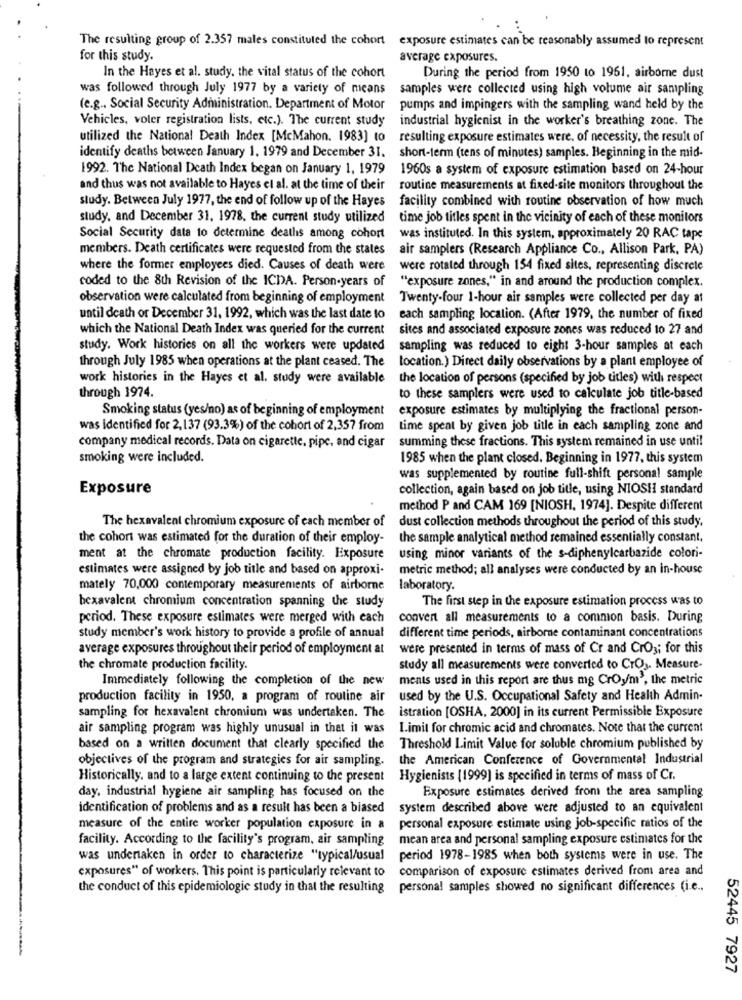
The resulting group of 2.357 males constituted the cohort exposure estimates can be reasonably assumed to represent
for this study.
average exposures.
In the Hayes et al. study, the vital status of the cohort
During the period from 1950 to 1961, airborne dust
was followed through July 1977 by a variety of means
samples were collected using high volume air sampling
(e.g ., Social Security Administration. Department of Motor
pumps and impingers with the sampling wand held by the
Vehicles, voter registration lists, etc.). The current study
industrial hygienist in the worker's breathing zone. The
utilized the National Death Index [McMahon. 1983] to
resulting exposure estimates were. of necessity, the result of
identify deaths between January 1. 1979 and December 31.
short-term (tens of minutes) samples. Beginning in the mid-
1992. The National Death Index began on January 1, 1979
1960s a system of exposure estimation based on 24-hour
and thus was not available to Hayes el al. at the time of their
routine measurements at fixed-site monitors throughout the
study. Between July 1977, the end of follow up of the Hayes
facility combined with routine observation of how much
study, and December 31, 1978, the current study utilized
time job titles spent in the vicinity of each of these monitors
Social Security data to determine deaths among cohort
was instituted. In this system, approximately 20 RAC tape
members. Death certificates were requested from the states
air samplers (Research Appliance Co ., Allison Park, PA)
where the former employees died. Causes of death were
were rotated through 154 fixed sites, representing discrete
coded to the 8th Revision of the ICDA. Person.years of
"exposure zones," in and around the production complex.
observation were calculated from beginning of employment
Twenty-four 1-hour air samples were collected per day at
until death or December 31, 1992, which was the last date to
each sampling location. (After 1979, the number of fixed
which the National Death Index was queried for the current
sites and associated exposure zones was reduced to 27 and
study. Work histories on all the workers were updated
sampling was reduced to eight 3-hour samples at each
through July 1985 when operations at the plant ceased. The
location.) Direct daily observations by a plant employee of
work histories in the Hayes et al. study were available
the location of persons (specified by job titles) with respect
through 1974.
to these samplers were used to calculate job title-based
Smoking status (yes/no) as of beginning of employment
exposure estimates by multiplying the fractional person-
was identified for 2,137 (93.3%) of the cohort of 2,357 from
time spent by given job title in each sampling zone and
summing these fractions. This system remained in use until
company medical records. Data on cigarette, pipe, and cigar
smoking were included.
1985 when the plant closed. Beginning in 1977, this system
was supplemented by routine full-shift personal sample
Exposure
collection, again based on job title, using NIOSH standard
method P and CAM 169 [NIOSH, 1974]. Despite different
The hexavalent chromium exposure of each member of
dust collection methods throughout the period of this study,
the cohort was estimated for the duration of their employ-
the sample analytical method remained essentially constant,
ment at the chromate production facility. Exposure
using minor variants of the s-diphenylcarbazide colori-
estimates were assigned by job title and based on approxi-
metric method; all analyses were conducted by an in-house
mately 70,000 contemporary measurements of airborne
laboratory.
The first step in the exposure estimation process was to
hexavalent chromium concentration spanning the study
period. These exposure estimates were merged with each
convert all measurements to a common basis. During
study member's work history to provide a profile of annual
different time periods, airborne contaminant concentrations
average exposures throughout their period of employment at
were presented in terms of mass of Cr and Croy; for this
the chromate production facility.
study all measurements were converted to CTO. Measure-
Immediately following the completion of the new
ments used in this report are thus mg Croy'm', the metric
production facility in 1950, a program of routine air
used by the U.S. Occupational Safety and Health Admin-
sampling for hexavalent chromium was undertaken. The
istration [OSHA, 2000] in its current Permissible Exposure
air sampling program was highly unusual in that it was
Limit for chromic acid and chromates. Note that the current
based on a written document that clearly specified the
Threshold Limit Value for soluble chromium published by
objectives of the program and strategies for air sampling.
the American Conference of Governmental Industrial
Historically, and to a large extent continuing to the present
Hygienists (1999] is specified in terms of mass of Cr.
day, industrial hygiene air sampling has focused on the
Exposure estimates derived from the area sampling
identification of problems and as a result has been a biased
system described above were adjusted to an equivalent
measure of the entire worker population exposure in a
personal exposure estimate using job-specific ratios of the
facility. According to the facility's program, air sampling
mean area and personal sampling exposure estimates for the
was undertaken in order to characterize "typical/usual
period 1978-1985 when both systems were in use. The
exposures" of workers. This point is particularly relevant to
comparison of exposure estimates derived from area and
the conduct of this epidemiologic study in that the resulting personal samples showed no significant differences (i.e ..
52445 7927